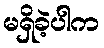
မရှိခဲ့ပါက